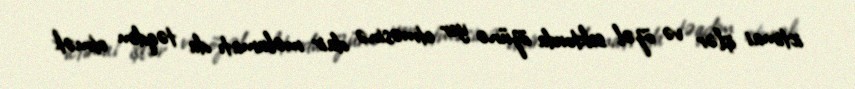
ictimai işlər və özəl sektorda özünə yer etməsinə dair məlumatı da təqdim etmək